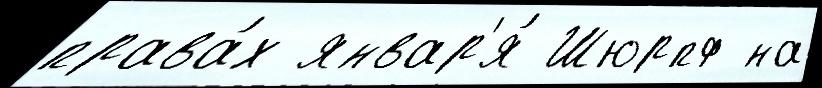
права́х январ'я́ Шюрпф на